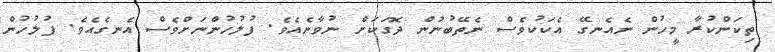
ތިކަންކުރާ މީހުން ނެއެނގޭ އެކަކުވެސް ނެތޭބުނުން ދޮގަކަށް ނުވާނެއެވެ. ފުލުހުންނަށްވެސް އެނގެއެވެ. ފުލުހުން